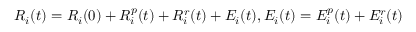
R _ { i } ( t ) = R _ { i } ( 0 ) + R _ { i } ^ { p } ( t ) + R _ { i } ^ { r } ( t ) + E _ { i } ( t ) , E _ { i } ( t ) = E _ { i } ^ { p } ( t ) + E _ { i } ^ { r } ( t )